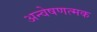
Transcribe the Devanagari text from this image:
अन्वेषणत्मक